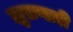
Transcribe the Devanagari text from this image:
झुलणारी